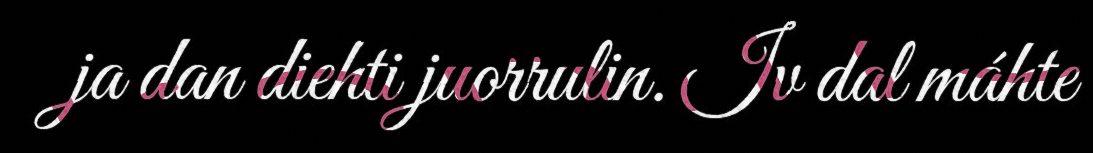
ja dan diehti juorrulin. Iv dal máhte